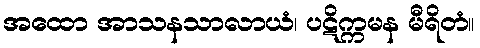
အထော အာသနသာလာယံ၊ ပဋိက္ကမန မီရိတံ။